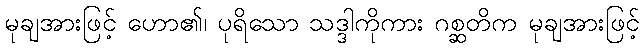
မုချအားဖြင့် ဟော၏၊ ပုရိသော သဒ္ဒါကိုကား ဂစ္ဆတိက မုချအားဖြင့်